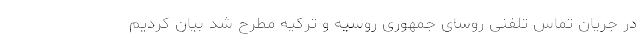
در جریان تماس تلفنی روسای جمهوری روسیه و ترکیه مطرح شد بیان کردیم